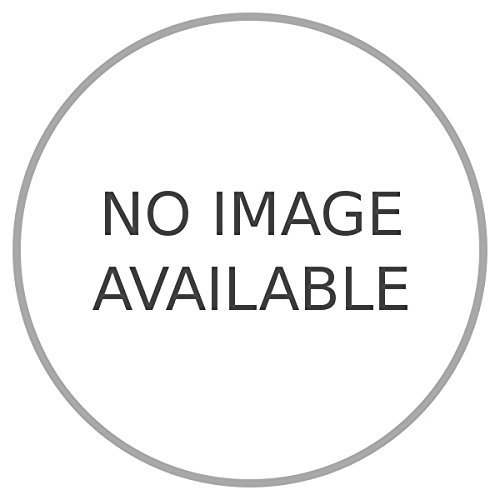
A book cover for Arabia Saudita in confidenza.; ROSSO Francesco -; Travel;